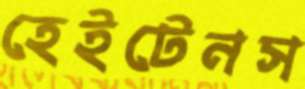
হেইটেনস